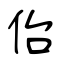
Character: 佁